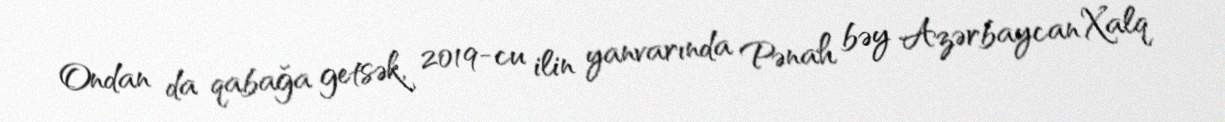
Ondan da qabağa getsək, 2019-cu ilin yanvarında Pənah bəy Azərbaycan Xalq